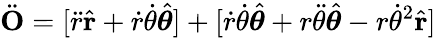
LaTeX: {\ddot{\mathbf{O}}}=[{\ddot{r}}{\hat{\mathbf{r}}}+{\dot{r}}{\dot{\theta}}{\hat{\boldsymbol{\theta}}}]+[{\dot{r}}{\dot{\theta}}{\hat{\boldsymbol{\theta}}}+r{\ddot{\theta}}{\hat{\boldsymbol{\theta}}}-r{\dot{\theta}}^{2}{\hat{\mathbf{r}}}]